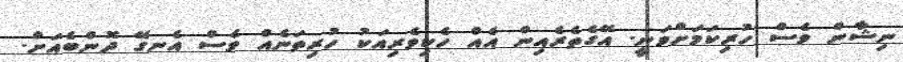
ނިޝާން ވެސް ހުރިކަމަށްވަނީ. އޭގެތެރެއިން އެއް ހެކިވެރިއަކު ހުރިތަނެއް ވެސް އެނގޭ ދޮންބެއަށް.